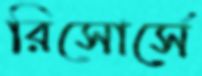
রিসোর্সে